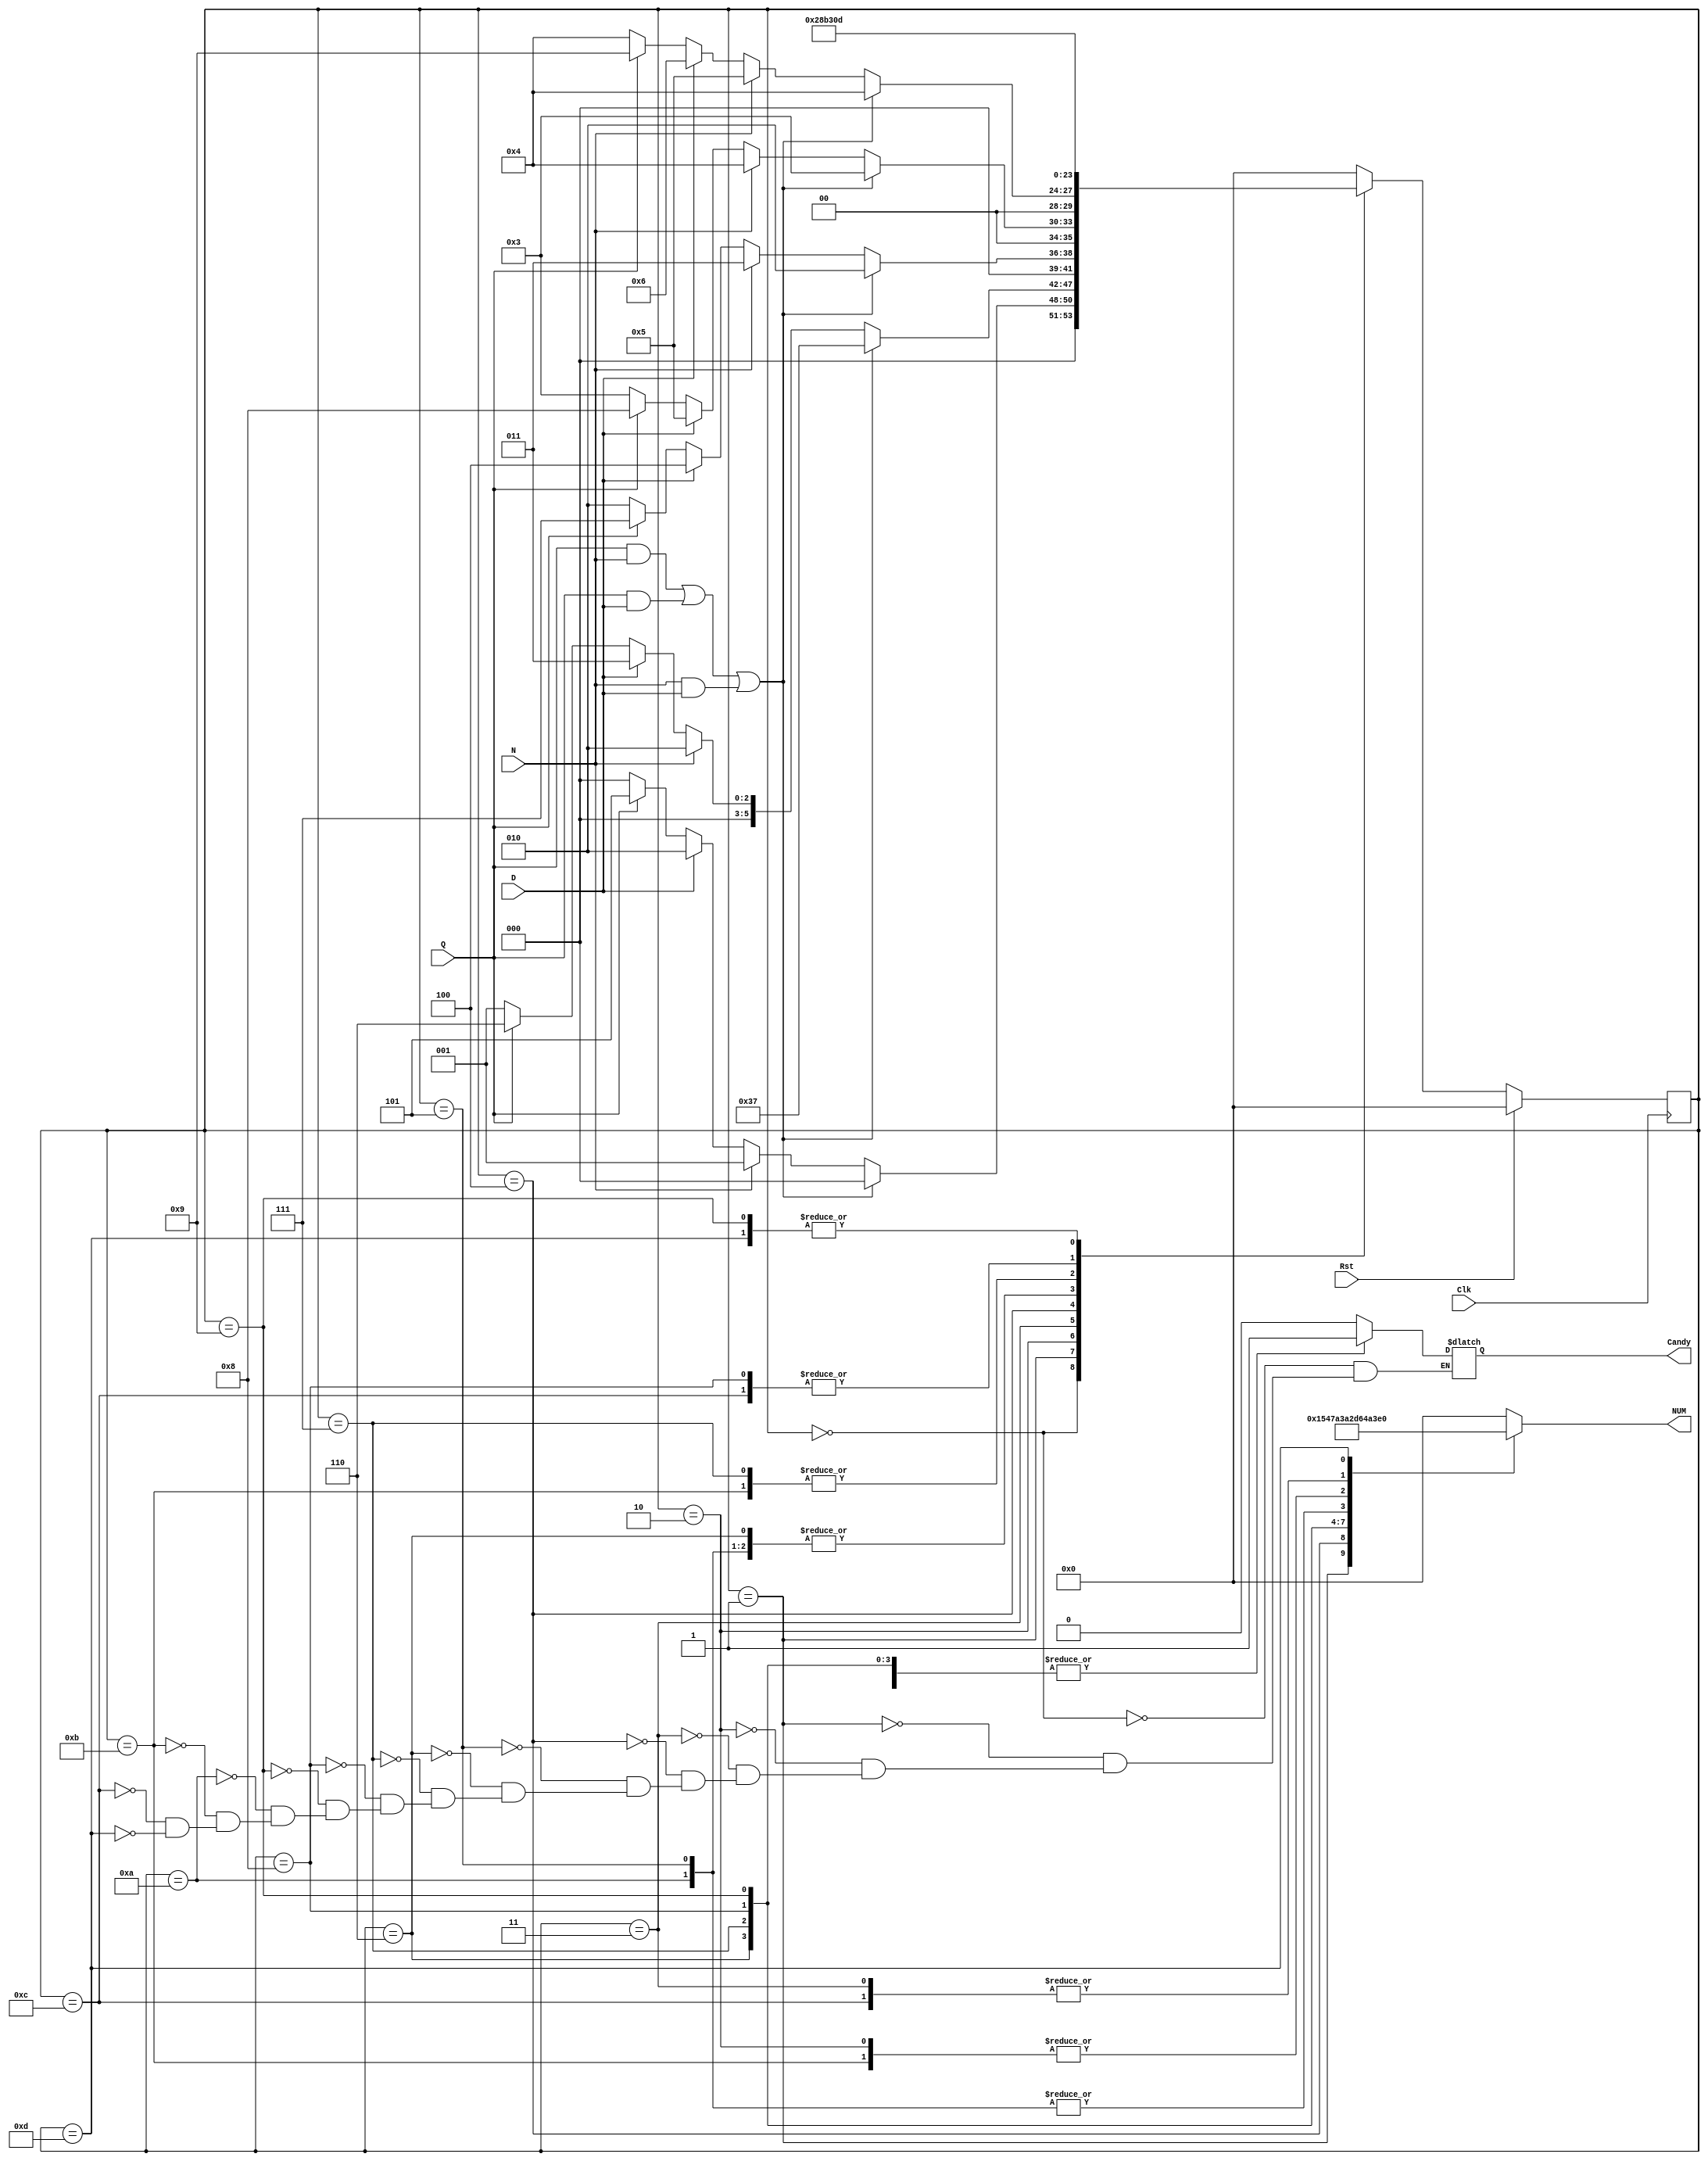
`timescale 1ns / 1ps
//////////////////////////////////////////////////////////////////////////////////
// Company: 
// Engineer: 
// 
// Design Name: 
// Module Name: VendingMachine
// Project Name: 
// 
//////////////////////////////////////////////////////////////////////////////////


module VendingMachine(Clk, Rst, N, D, Q, Candy, NUM);
    input Clk, Rst, N, D, Q;
    output reg [5:0] NUM;
    output reg Candy;
    
    reg [5:0] State, NextState;
    parameter S0 = 5'b00000, S5 = 5'b00001, S10 = 5'b00010, S15 = 5'b00011, S20 = 5'b00100, S25 = 5'b00101, S30 = 5'b00110, S35 = 5'b00111, S40 = 5'b01000, S45 = 5'b01001;
    parameter R0 = 5'b01010, R5 = 5'b01010, R10 = 5'b01011, R15 = 5'b01100, R20 = 5'b01101;
    
always @(State, N, D, Q) begin
        case (State)
            S0: begin
                NUM <= 0;
                Candy <= 0;
                if(((Q==1) && (N==1)) || ((Q==1) && (D==1)) || ((N==1) && (D==1))) begin
                    NextState <= S0; end  
                else if(N==1) begin
                    NextState <= S5; end
                else if(D==1) begin
                    NextState <= S10; end
                else if(Q==1) begin
                    NextState <= S25; end  
                else begin
                    NextState <= S0; end
                end
            S5: begin
                NUM <= 6'b101;
                Candy <= 0;
                if(((Q==1) && (N==1)) || ((Q==1) && (D==1)) || ((N==1) && (D==1))) begin
                    NextState <= 55; end  
                else if(N==1) begin
                    NextState <= S10; end
                else if(D==1) begin
                    NextState <= S15; end
                else if(Q==1) begin
                    NextState <= S30; end
                else begin
                    NextState <= S5; end
                end
            S10: begin
                NUM <= 6'b1010;
                Candy <= 0;
                if(((Q==1) && (N==1)) || ((Q==1) && (D==1)) || ((N==1) && (D==1))) begin
                    NextState <= S10; end  
                else if(N==1) begin
                    NextState <= S15; end
                else if(D==1) begin
                    NextState <= S20; end
                else if(Q==1) begin
                    NextState <= S35; end
                else begin
                    NextState <= S10; end
                end
            S15: begin
                NUM <= 6'b1111;
                Candy <= 0;
                if(((Q==1) && (N==1)) || ((Q==1) && (D==1)) || ((N==1) && (D==1))) begin
                    NextState <= S15; end  
                else if(N==1) begin
                    NextState <= S20; end
                else if(D==1) begin
                    NextState <= S25; end
                else if(Q==1) begin
                    NextState <= S40; end
                else begin
                    NextState <= S15; end
                end
            S20: begin
                NUM <= 6'b10100;
                Candy <= 0;
                if(((Q==1) && (N==1)) || ((Q==1) && (D==1)) || ((N==1) && (D==1))) begin
                    NextState <= S20; end  
                else if(N==1) begin
                    NextState <= S25; end
                else if(D==1) begin
                    NextState <= S30; end
                else if(Q==1) begin
                    NextState <= S45; end
                else begin
                    NextState <= S20; end
                end
            S25: begin
                NUM <= 6'b11001;
                Candy <= 1;
                NextState <= R0;
                end
            S30: begin
                NUM <= 6'b11110;
                Candy <= 1;
                NextState <= R5;
                end
            S35: begin
                NUM <= 6'b100011;
                Candy <= 1;
                NextState <= R10;
                end
            S40: begin
                NUM <= 6'b101000;
                Candy <= 1;
                NextState <= R15;
                end
            S45: begin
                NUM <= 6'b101101;
                Candy <= 1;
                NextState <= R20;
                end
            R0: begin
                NUM <= 6'b11001;
                Candy <= 1;
                if(Rst==1) begin
                    NextState <= S0; end
                else begin
                    NextState <= R0; end
                end
            R5: begin
                NUM <= 6'b101;
                Candy <= 1;
                if(Rst==1) begin
                    NextState <= S0; end
                else begin
                    NextState <= R5; end
                end
            R10: begin
                NUM <= 6'b1010;
                Candy <= 1;
                if(Rst==1) begin
                    NextState <= S0; end
                else begin
                    NextState <= R10; end
                end
            R15: begin
                NUM <= 6'b1111;
                Candy <= 1;
                if(Rst==1) begin
                    NextState <= S0; end
                else begin
                    NextState <= R15; end
                end
            R20: begin
                NUM <= 6'b11010;
                Candy <= 1;
                if(Rst==1) begin
                    NextState <= S0; end
                else begin
                    NextState <= R20; end
                end
            default: begin
                NUM <= 0;
                NextState <= S0;
                end
        endcase
    end
    
    always @(posedge Clk)
    begin
        if (Rst == 1)
            State <= S0;
        else
            State <= NextState;
    end

endmodule